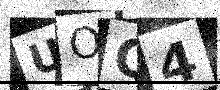
Text: UOQ4